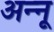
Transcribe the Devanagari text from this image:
अन्‍नू